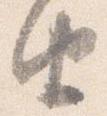
由